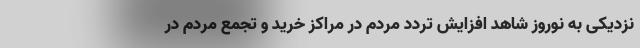
نزدیکی به نوروز شاهد افزایش تردد مردم در مراکز خرید و تجمع مردم در